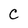
Character: C